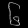
Digit: ၆